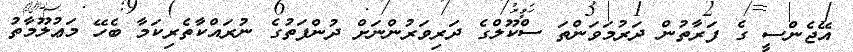
އޭޖެންސީ ގެ ފަރާތުން ދަރުމަވަންތަ ސްކޫލްގެ ދަރިވަރުންނަށް ދުންފަތުގެ ނުރައްކާތެރިކަމާ ބެހޭ މަޢުލޫމާތު